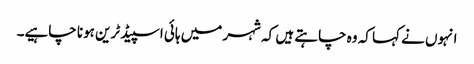
انہوں نے کہا کہ وہ چاہتے ہیں کہ شہر میں ہائی اسپیڈ ٹرین ہونا چاہیے۔